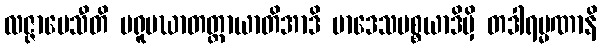
လဇ္ဇာပေသီတိ ပရူပဃာတတ္ထာယာတိအာဒိ မာဒေသပစ္စယာဒိမှိ တဒါရမ္မဏာနိ